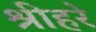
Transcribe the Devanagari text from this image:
श्रीहरे